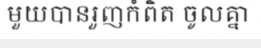
មួយបានរួញកំពិត ចូលគ្នា